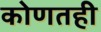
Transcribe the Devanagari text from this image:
कोणतही